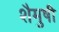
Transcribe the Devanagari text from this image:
शैमुषी